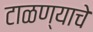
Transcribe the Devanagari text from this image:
टाळण्याचे